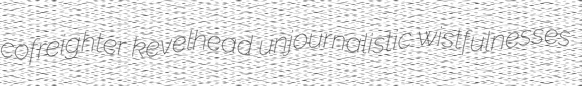
cofreighter kevelhead unjournalistic wistfulnesses